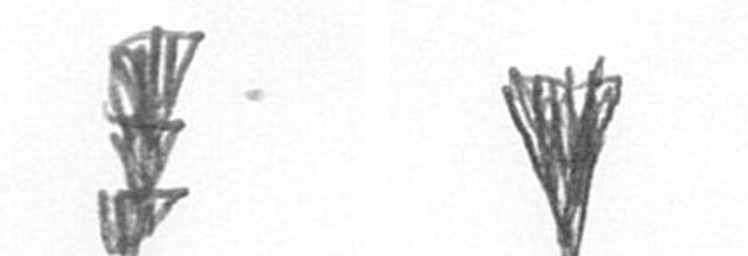
E J